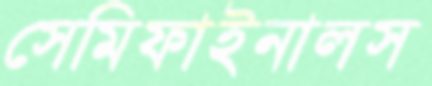
সেমিফাইনালস